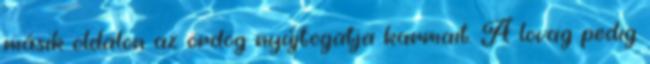
másik oldalon az ördög nyújtogatja karmait. A lovag pedig